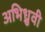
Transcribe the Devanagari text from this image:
अभिध्रुवी